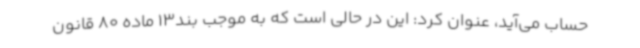
حساب می‌آید، عنوان کرد: این در حالی است که به موجب بند13 ماده 80 قانون